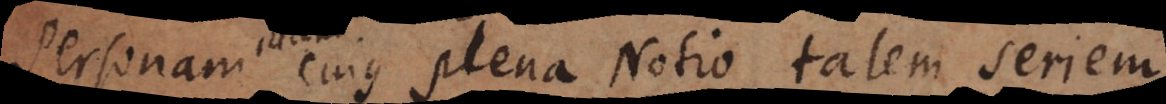
Ens cujus plena Notio talem seriem